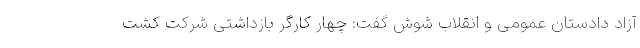
آزاد دادستان عمومی و انقلاب شوش گفت: چهار کارگر بازداشتی شرکت کشت